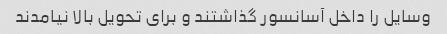
وسایل را داخل آسانسور گذاشتند و برای تحویل بالا نیامدند